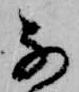
な